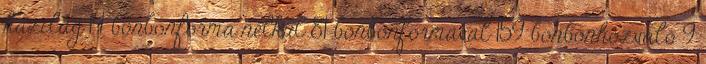
házilag 14 bonbonforma nélkül 81 bonbonformával 159 bonbonhozvaló 9